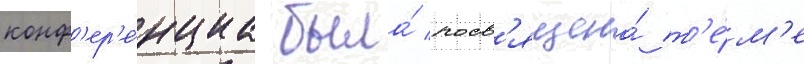
конф'ер'е́нциа была́ посв'ящена́ т'е́м'е